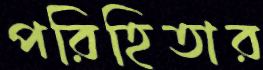
পরিহিতার